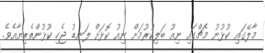
މާލޭގައި ކުޅުނު މެޗްގައި ނިއު ބަލިކުރުމަށް ނިއު ކޮޅަށް ލަނޑު ޖެހި ކުޅުންތެރިޔާއެވެ.